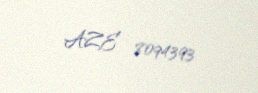
AZE 8094393